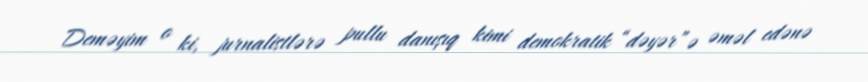
Deməyim o ki, jurnalistlərə pullu danışıq kimi demokratik “dəyər”ə əməl edənə